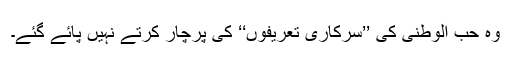
وہ حُب الوطنی کی ’’سرکاری تعریفوں‘‘ کی پرچار کرتے نہیں پائے گئے۔